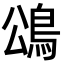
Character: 䲲